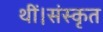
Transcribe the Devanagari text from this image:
थीं।संस्कृत